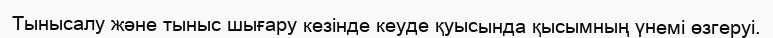
Тынысалу және тыныс шығару кезінде кеуде қуысында қысымның үнемі өзгеруі.